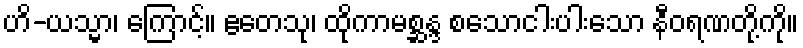
ဟိ-ယသ္မာ၊ ကြောင့်။ ဧတေသု၊ ထိုကာမစ္ဆန္ဒ စသောငါးပါးသော နီဝရဏတို့ကို။